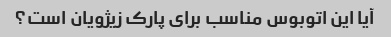
آیا این اتوبوس مناسب برای پارک زیژویان است؟